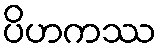
ပိဟကဿ